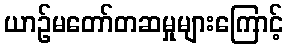
ယာဉ်မတော်တဆမှုများကြောင့်